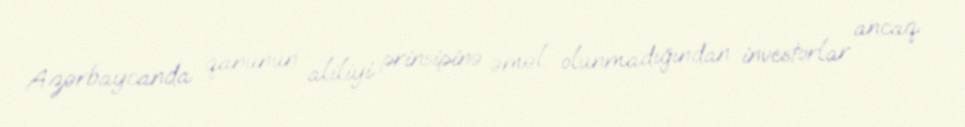
Azərbaycanda qanunun aliliyi prinsipinə əməl olunmadığından investorlar ancaq